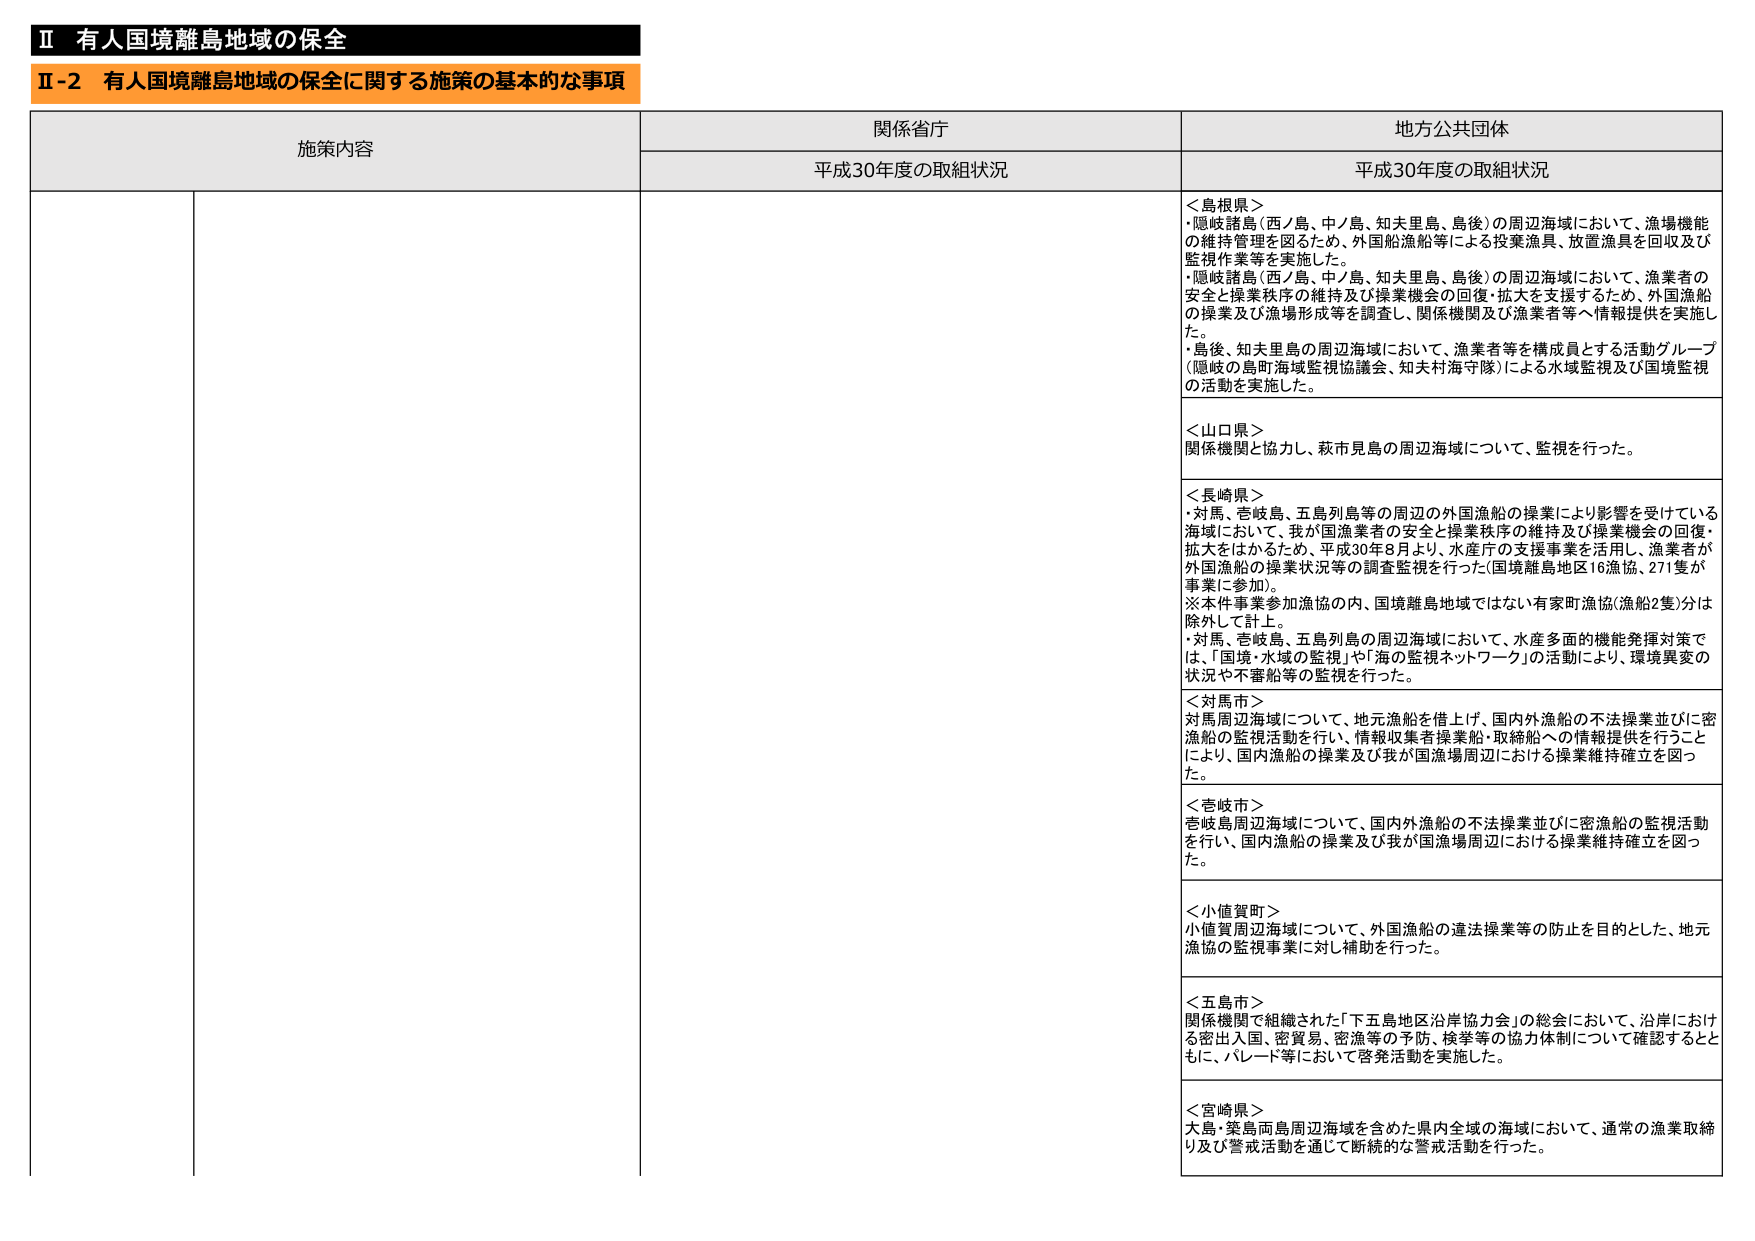
Ⅱ 有人国境離島地域の保全
Ⅱ-2 有人国境離島地域の保全に関する施策の基本的な事項

施策内容
関係省庁
地方公共団体

平成30年度の取組状況
平成30年度の取組状況

＜島根県＞
・隠岐諸島（西ノ島、中ノ島、知夫里島、島後）の周辺海域において、漁場機能の維持管理を図るため、外国船漁船等による投棄漁具、放置漁具を回収及び監視作業等を実施した。
・隠岐諸島（西ノ島、中ノ島、知夫里島、島後）の周辺海域において、漁業者の安全と操業秩序の維持及び操業機会の回復・拡大を支援するため、外国漁船の操業及び漁場形成等を調査し、関係機関及び漁業者等へ情報提供を実施した。
・島後、知夫里島の周辺海域において、漁業者等を構成員とする活動グループ（隠岐の島町海域監視協議会、知夫村海守隊）による水域監視及び国境監視の活動を実施した。

＜山口県＞
関係機関と協力し、萩市見島の周辺海域について、監視を行った。

＜長崎県＞
・対馬、壱岐島、五島列島等の周辺の外国漁船の操業により影響を受けている海域において、我が国漁業者の安全と操業秩序の維持及び操業機会の回復・拡大をはかるため、平成30年8月より、水産庁の支援事業を活用し、漁業者が外国漁船の操業状況等の調査監視を行った（国境離島地区16漁協、271隻が事業に参加）。
※本件事業参加漁協の内、国境離島地域ではない有家町漁協（漁船2隻）分は除外して計上。
・対馬、壱岐島、五島列島の周辺海域において、水産多面的機能発揮対策では、「国境・水域の監視」や「海の監視ネットワーク」の活動により、環境異変の状況や不審船等の監視を行った。

＜対馬市＞
対馬周辺海域について、地元漁船を借上げ、国内外漁船の不法操業並びに密漁船の監視活動を行い、情報収集者操業船・取締船への情報提供を行うことにより、国内漁船の操業及び我が国漁場周辺における操業維持確立を図った。

＜壱岐市＞
壱岐島周辺海域について、国内外漁船の不法操業並びに密漁船の監視活動を行い、国内漁船の操業及び我が国漁場周辺における操業維持確立を図った。

＜小値賀町＞
小値賀周辺海域について、外国漁船の違法操業等の防止を目的とした、地元漁協の監視事業に対し補助を行った。

＜五島市＞
関係機関で組織された「下五島地区沿岸協力会」の総会において、沿岸における密出入国、密貿易、密漁等の予防、検挙等の協力体制について確認するとともに、パレード等において啓発活動を実施した。

＜宮崎県＞
大島・筿島両島周辺海域を含めた県内全域の海域において、通常の漁業取締り及び警戒活動を通じて断続的な警戒活動を行った。